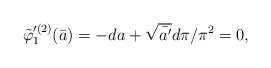
LaTeX: \begin{align*}\tilde{\varphi}_{1}^{\prime (2)}(\bar{a})=-da+\sqrt{\bar{a'}}d\pi/\pi^{2}=0, \end{align*}